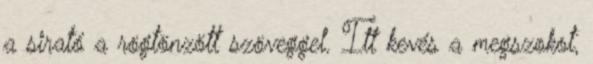
a sirató a rögtönzött szöveggel. Itt kevés a megszokot,